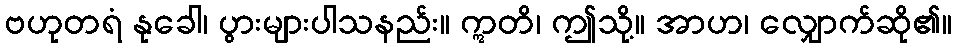
ဗဟုတရံ နုခေါ၊ ပွားများပါသနည်း။ ဣတိ၊ ဤသို့။ အာဟ၊ လျှောက်ဆို၏။